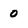
Character: 0